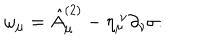
LaTeX: \omega _ { \mu } = \hat { A } _ { \mu } ^ { ( 2 ) } - \eta _ { \mu } ^ { ~ \nu } \partial _ { \nu } \sigma .